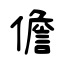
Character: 儋